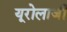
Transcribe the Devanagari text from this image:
यूरोलाजी